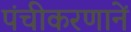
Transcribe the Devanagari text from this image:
पंचीकरणानें